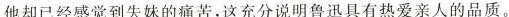
他却已经感觉到失妹的痛苦,这充分说明鲁迅具有热爱亲人的品质。